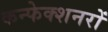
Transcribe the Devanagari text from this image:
कन्फेक्शनरों